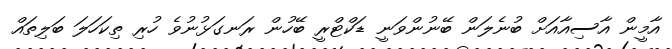
އާމީން އާސިއާއަށް ބުނެލަން ބޭނުންވަނީ ޑަކްޓްރީ ބޭހުން ރަނގަޅުނުވެ ހުރި ތިކަހަލަ ބަލިތައް